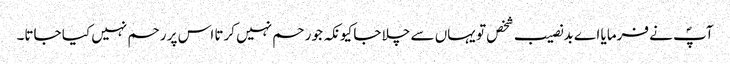
آپؐ نے فرمایا اے بدنصیب شخص تو یہاں سے چلا جا کیونکہ جو رحم نہیں کرتا اس پر رحم نہیں کیا جاتا۔